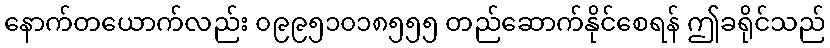
နောက်တယောက်လည်း ၀၉၉၅၁၀၁၈၅၅၅ တည်ဆောက်နိုင်စေရန် ဤခရိုင်သည်